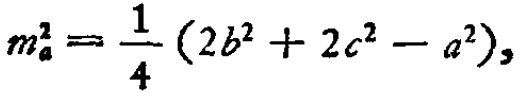
\[m_{a}^{2}=\frac{1}{4}(2b^{2}+2c^{2}-a^{2}),\]